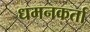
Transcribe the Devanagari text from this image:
धमनकर्ता